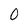
Character: 0